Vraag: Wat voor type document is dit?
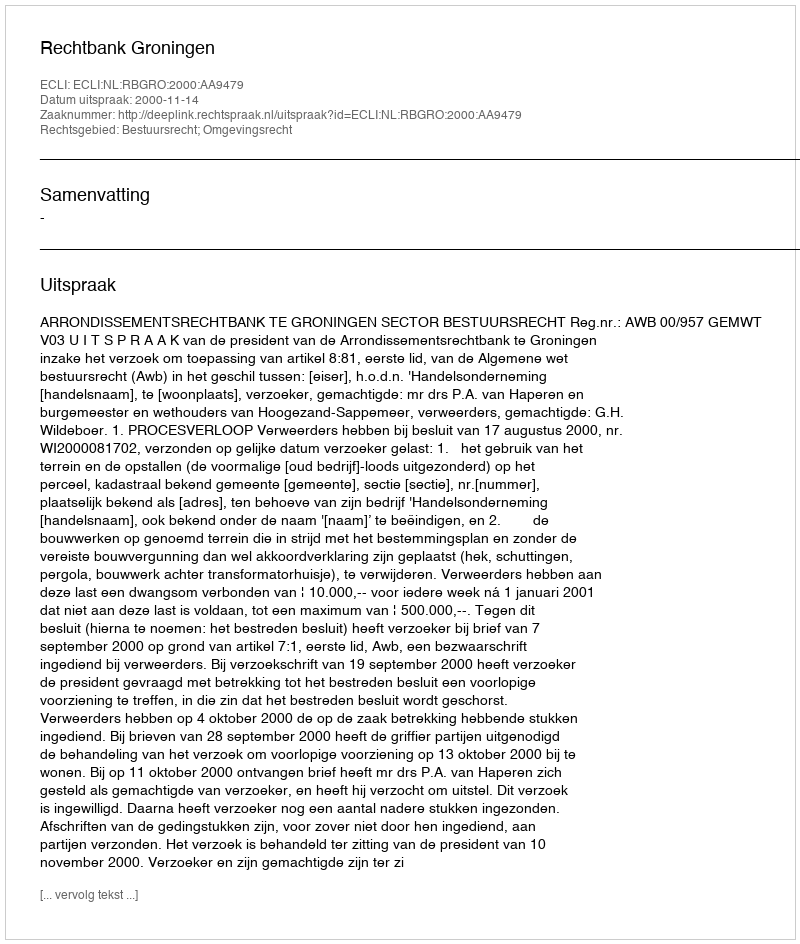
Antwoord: Uitspraak